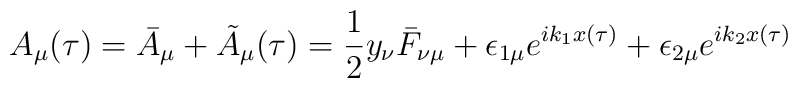
A_{\mu} (\tau) = \bar{A}_{\mu} + \tilde{A}_{\mu} (\tau) = \frac{1}{2} y_{\nu} \bar{F}_{\nu \mu} + \epsilon_{1 \mu} e^{i k_{1} x(\tau)} + \epsilon_{2 \mu} e^{i k_{2} x(\tau)}